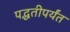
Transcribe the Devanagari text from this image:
पद्धतीपर्यंत